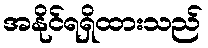
အနိုင်ရရှိထားသည်